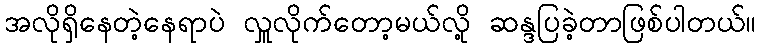
အလိုရှိနေတဲ့နေရာပဲ လှူလိုက်တော့မယ်လို့ ဆန္ဒပြခဲ့တာဖြစ်ပါတယ်။